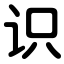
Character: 识